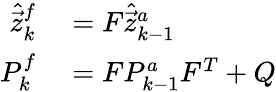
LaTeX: \begin{array}{rl}{\hat{\vec{z}}_{k}^{f}}&{{}=F\hat{\vec{z}}_{k-1}^{a}}\\ {P_{k}^{f}}&{{}=FP_{k-1}^{a}F^{T}+Q}\end{array}